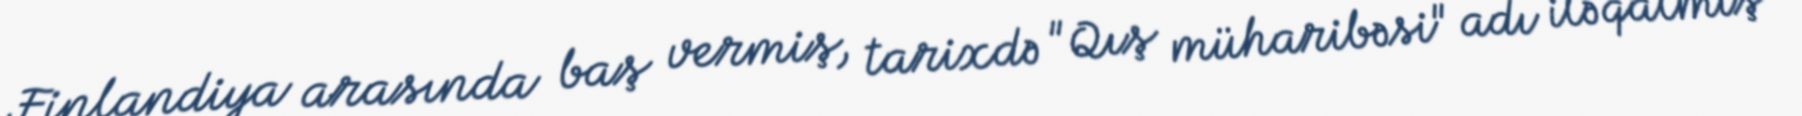
Finlandiya arasında baş vermiş, tarixdə "Qış müharibəsi" adı ilə qalmış